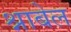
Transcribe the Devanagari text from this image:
श्नाबेल